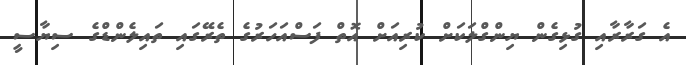
އެ ގަރާރާއި ގުޅިގެން ޔިންގްލަކަށް ކުރިއަށް އޮތް ފަސްއަހަރުގެ ތެރޭގައި ތައިލެންޑްގެ ސިޔާސީ